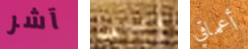
آشر والداها أعماقي